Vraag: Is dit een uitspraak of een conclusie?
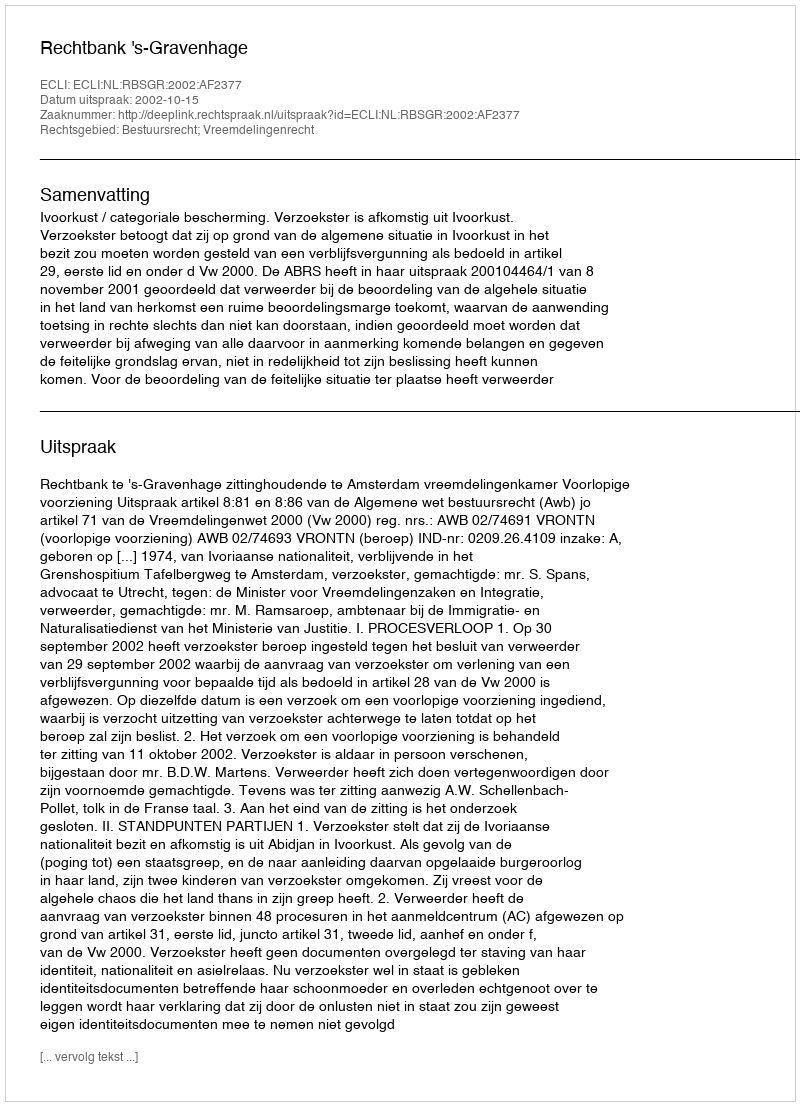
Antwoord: Uitspraak